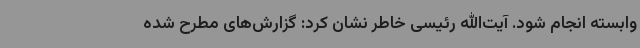
وابسته انجام شود. آیت‌الله رئیسی خاطر نشان کرد: گزارش‌های مطرح شده